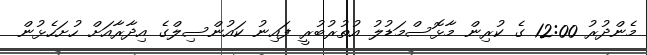
މެންދުރު 12:00 ގެ ކުރިން މާޅޮސްމަޑުލު އުތުރުބުރީ ފައިނު ކައުންސިލްގެ އިދާރާއަށް ހުށަހެޅުން